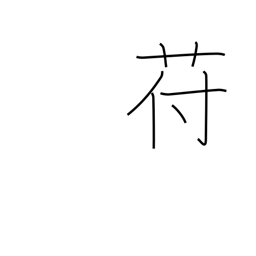
Meaning: kudzu-like plant